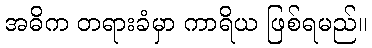
အဓိက တရားခံမှာ ကာရိယ ဖြစ်ရမည်။